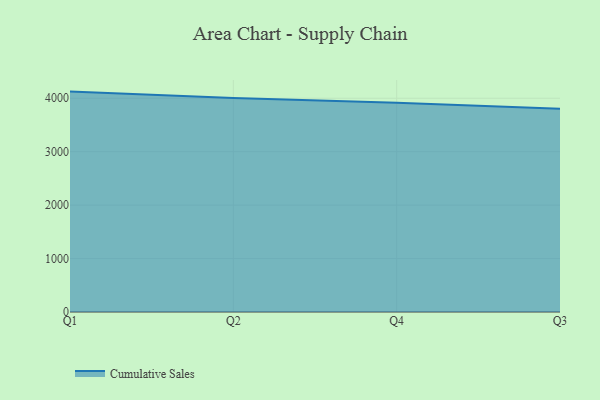
{"axis": {"x": "Quarter", "y": "Satisfaction Score"}, "legend": ["Cumulative Sales"], "data": [{"x": "Q1", "y": 4124.0, "type": "Cumulative Sales"}, {"x": "Q2", "y": 4005.7, "type": "Cumulative Sales"}, {"x": "Q4", "y": 3913.5, "type": "Cumulative Sales"}, {"x": "Q3", "y": 3804.4, "type": "Cumulative Sales"}]}